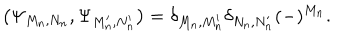
\left( \Psi _ { M _ { n } , N _ { n } } , \Psi _ { M _ { n } ^ { \prime } , N _ { n } ^ { \prime } } \right) = \delta _ { M _ { n } , M _ { n } ^ { \prime } } \delta _ { N _ { n } , N _ { n } ^ { \prime } } ( - ) ^ { M _ { n } } .